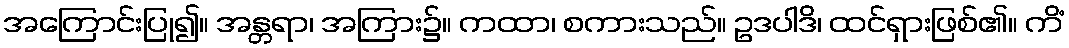
အကြောင်းပြု၍။ အန္တရာ၊ အကြား၌။ ကထာ၊ စကားသည်။ ဥဒပါဒိ၊ ထင်ရှားဖြစ်၏။ ကိံ